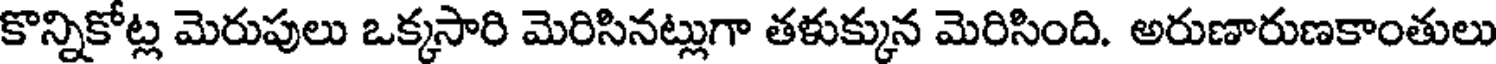
కొన్నికోట్ల మెరుపులు ఒక్కసారి మెరిసినట్లుగా తళుక్కున మెరిసింది. అరుణారుణకాంతులు